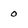
Character: 0